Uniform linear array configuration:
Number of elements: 64
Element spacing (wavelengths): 0.5
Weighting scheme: blackman
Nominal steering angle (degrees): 60
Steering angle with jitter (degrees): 58.799
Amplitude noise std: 0.05
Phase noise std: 0.05

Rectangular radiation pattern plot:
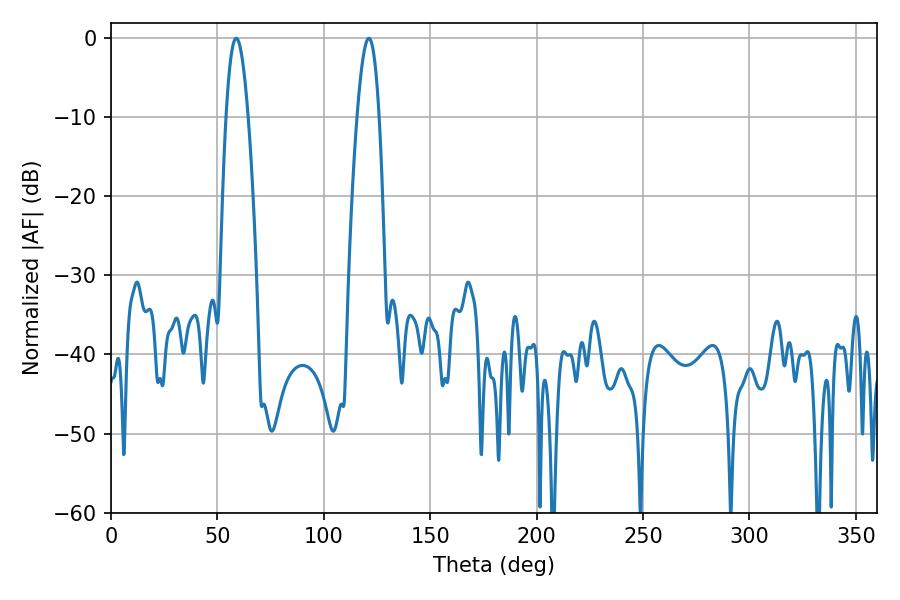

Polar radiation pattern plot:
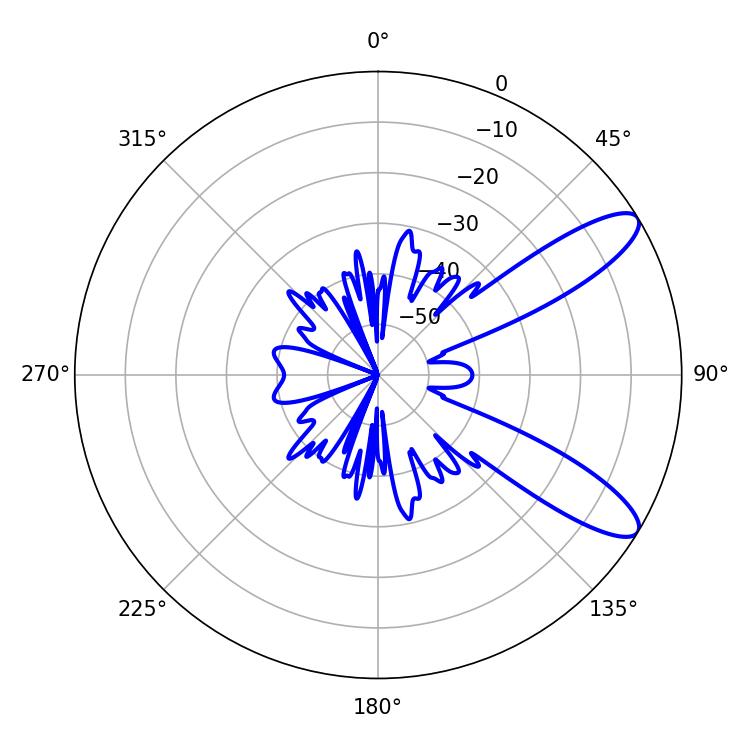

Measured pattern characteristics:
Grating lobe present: FALSE
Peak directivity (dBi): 10.365
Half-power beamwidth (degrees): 5.58
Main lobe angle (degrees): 58.86